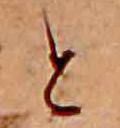
と